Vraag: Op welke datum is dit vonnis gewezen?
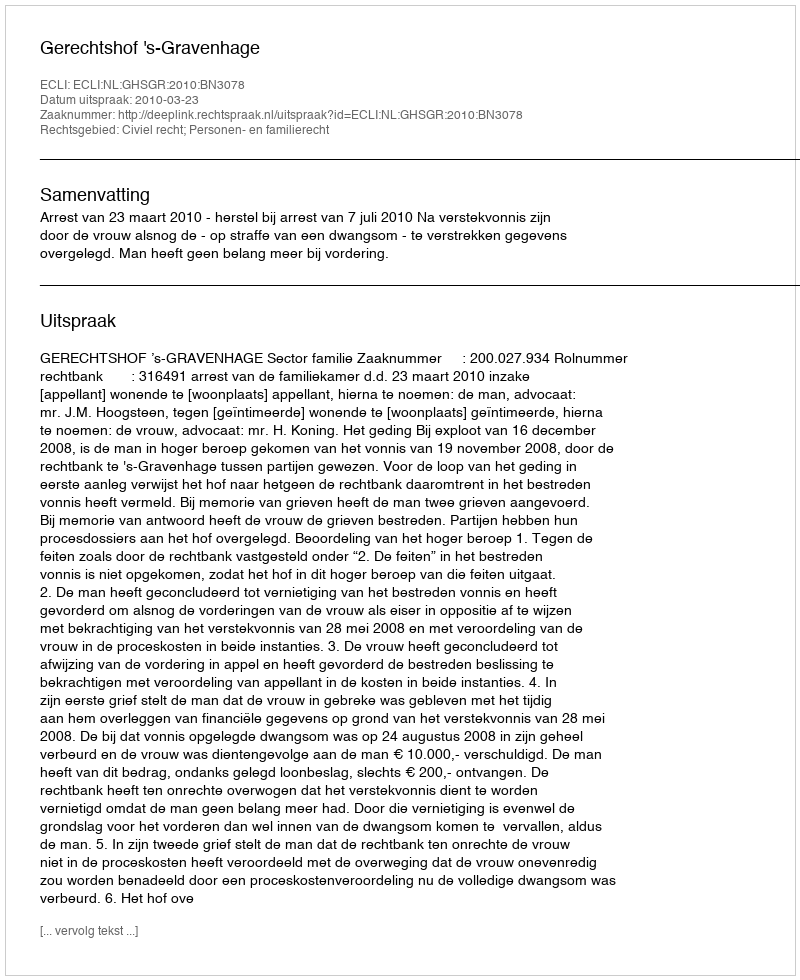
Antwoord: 2010-03-23